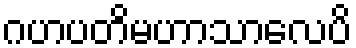
ဂဟပတိမဟာသာလေပိ